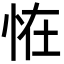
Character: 恠